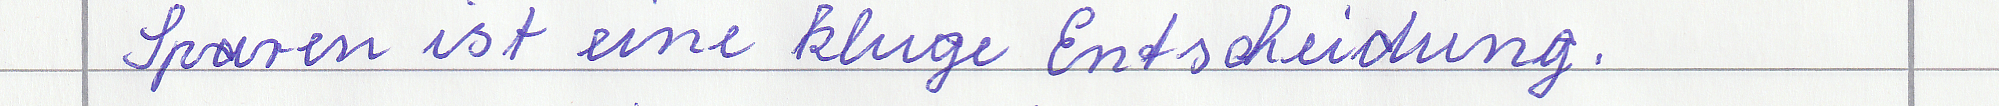
Sparen ist eine kluge Entscheidung.